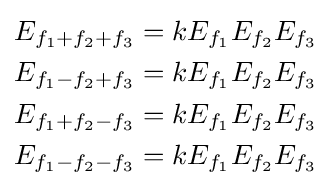
{\begin{aligned}E_{f_{1}+f_{2}+f_{3}}&=kE_{f_{1}}E_{f_{2}}E_{f_{3}}\\E_{f_{1}-f_{2}+f_{3}}&=kE_{f_{1}}E_{f_{2}}E_{f_{3}}\\E_{f_{1}+f_{2}-f_{3}}&=kE_{f_{1}}E_{f_{2}}E_{f_{3}}\\E_{f_{1}-f_{2}-f_{3}}&=kE_{f_{1}}E_{f_{2}}E_{f_{3}}\end{aligned}}